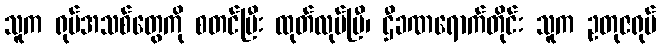
သူက ရုပ်အသစ်တွေကို စတင်ပြီး ထုတ်လုပ်ပြီ၊ ဌီခဏရောက်တိုင်း သူက ဥတုဇရုပ်